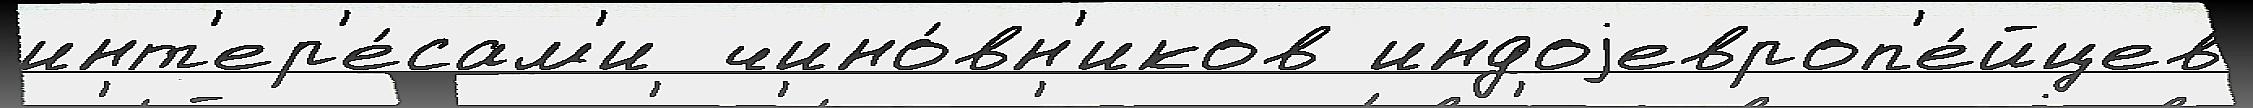
инт'ер'е́сам'и  чино́вн'иков индоjевроп'е́йцев